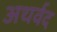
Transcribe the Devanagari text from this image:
अथर्वद